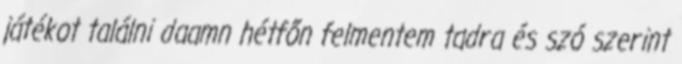
játékot találni daamn hétfőn felmentem tadra és szó szerint